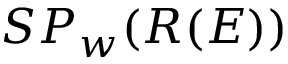
S P _ { w } ( R ( E ) )